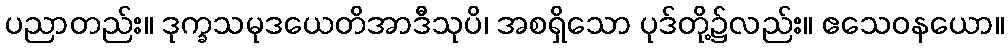
ပညာတည်း။ ဒုက္ခသမုဒယေတိအာဒီသုပိ၊ အစရှိသော ပုဒ်တို့၌လည်း။ ဧသေဝနယော။